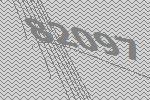
82097